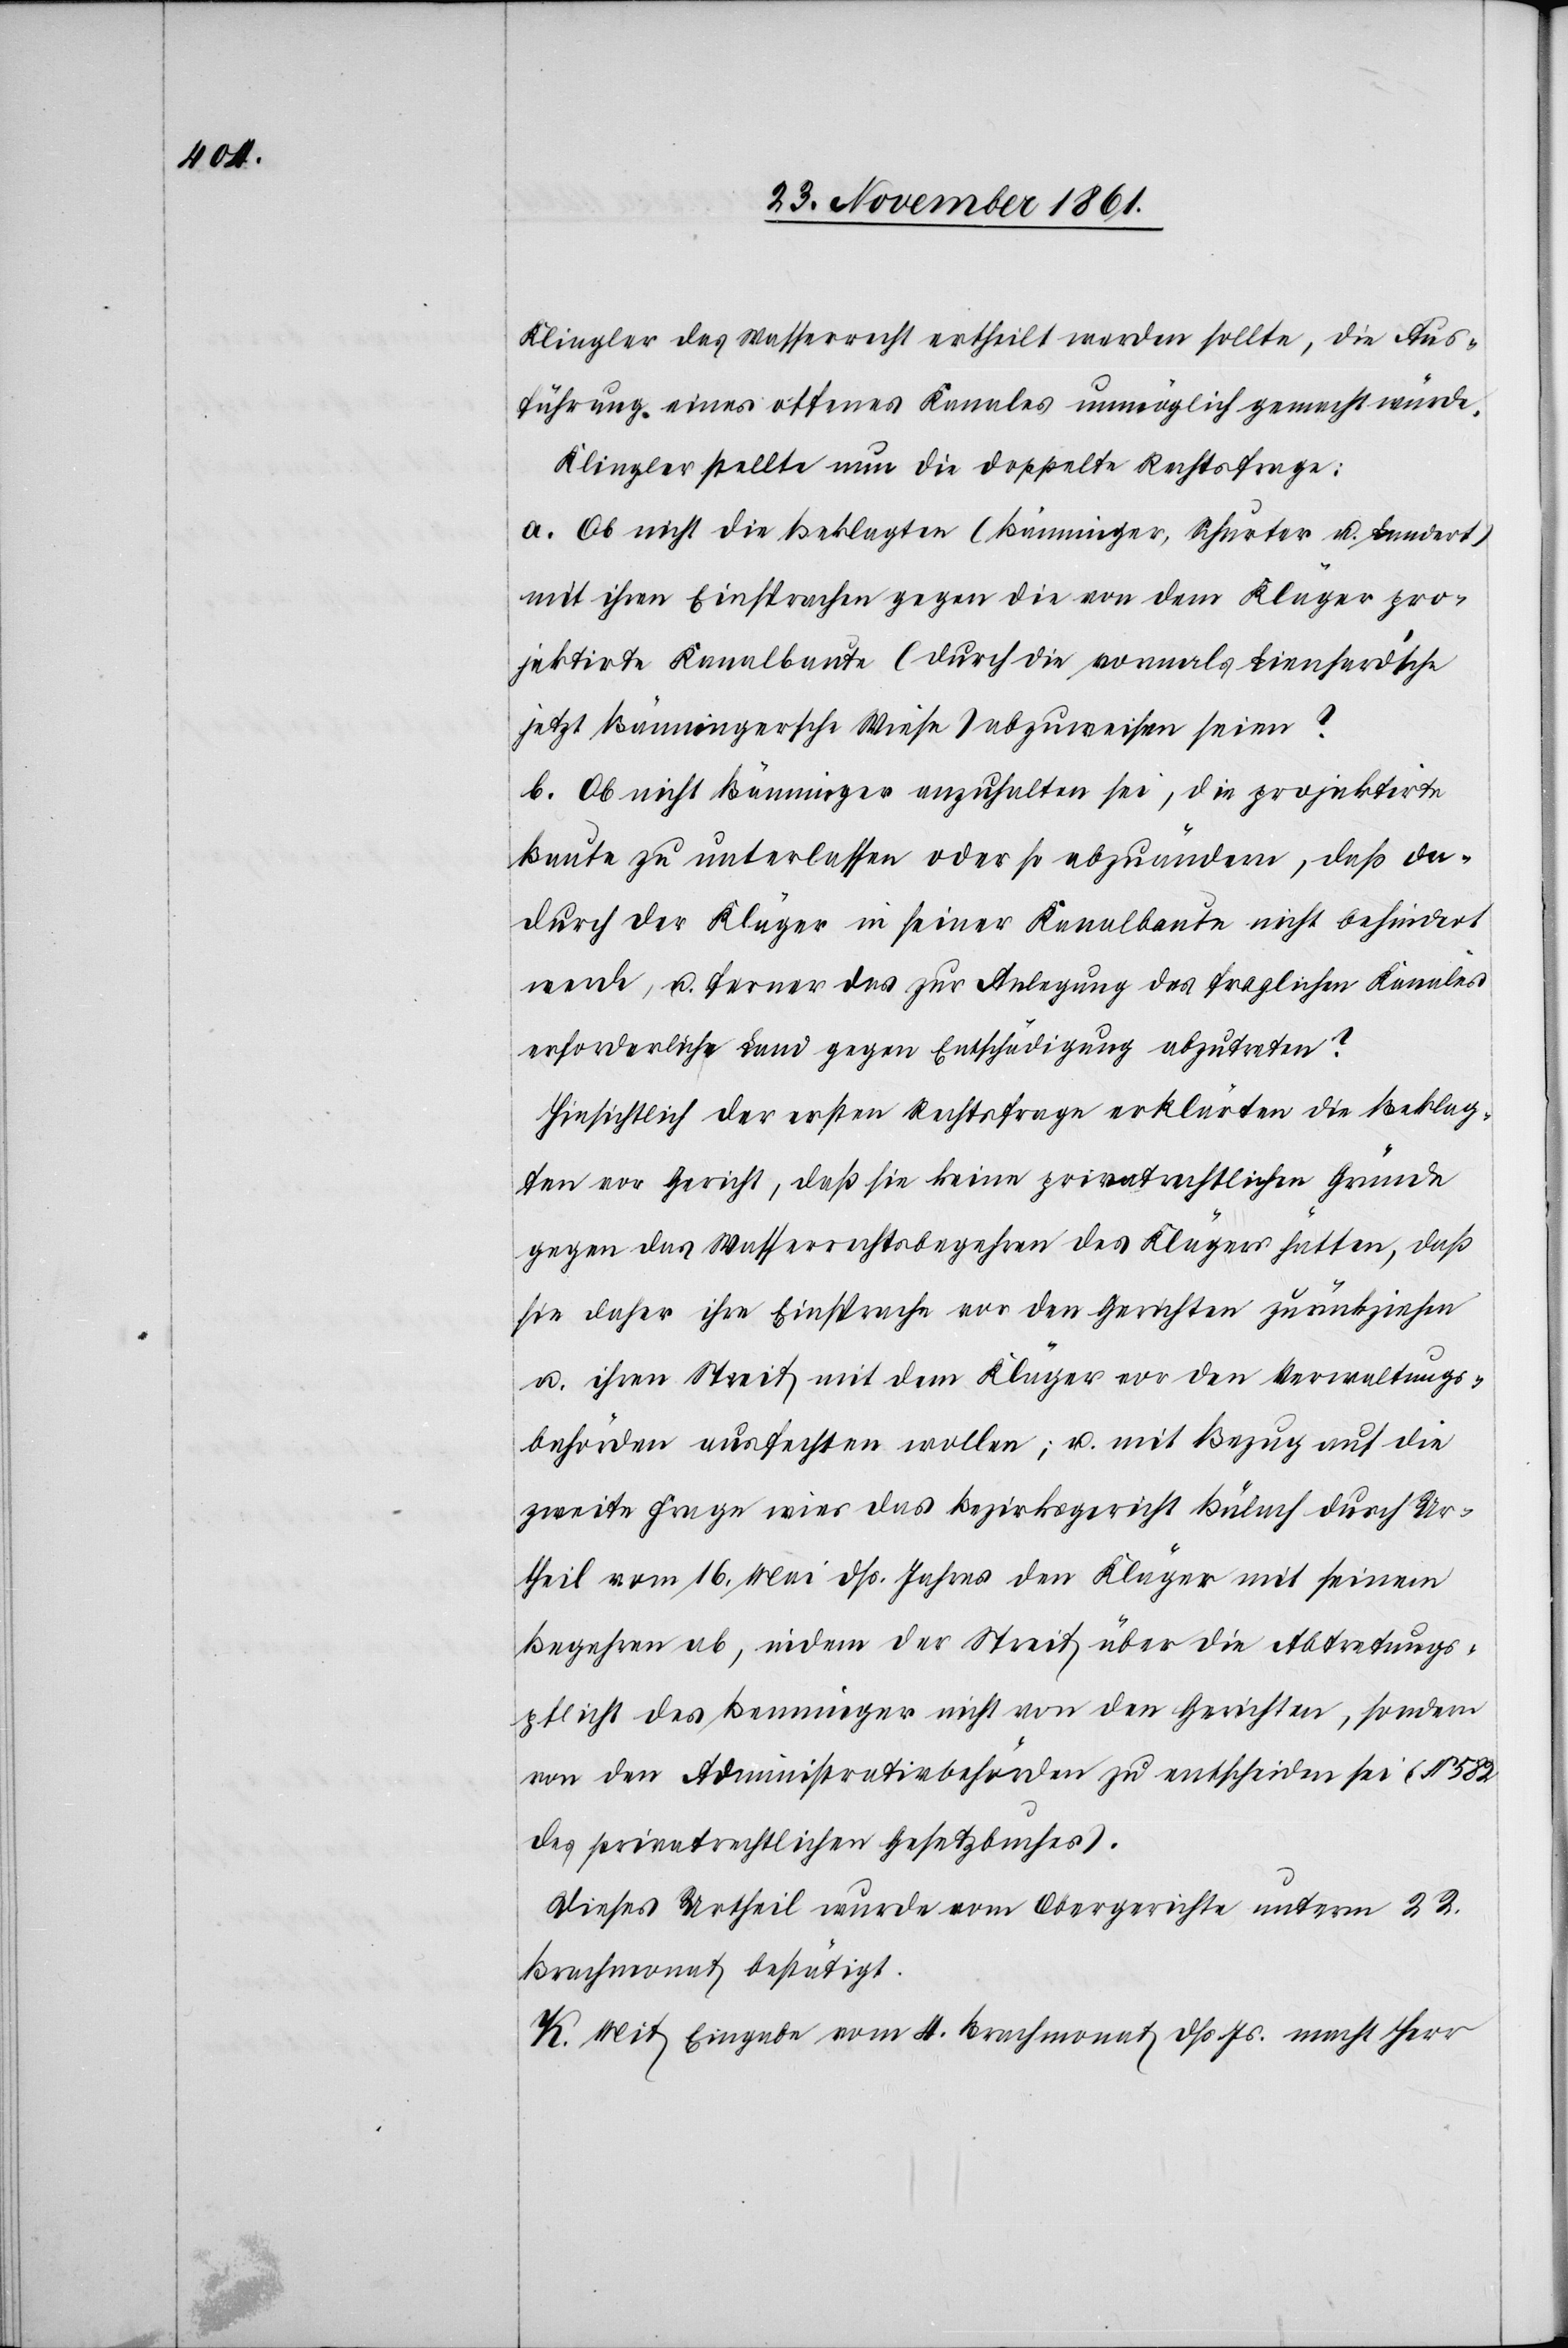
Klingler das Wasserrecht ertheilt werden sollte, die Aus¬
führung eines offenes [sic!] Kanales unmöglich gemacht würde.
Klingler stellte nun die doppelte Rechtsfrage:
a. Ob nicht die Beklagten (Bänninger, Schurter u. Landert)
mit ihren Einsprachen gegen die von dem Kläger pro¬
jektirte Kanalbaute (durch die vormals Lienhard’sche
jetzt Bänningersche Wiese) abzuweisen seien?
b. Ob nicht Bänninger anzuhalten sei, die projektirte
Baute zu unterlassen oder so abzuändern, daß da¬
durch der Kläger in seiner Kanalbaute nicht behindert
werde, u. ferner das zur Anlegung des fraglichen Kanales
erforderliche Land gegen Entschädigung abzutreten?
Hinsichtlich der ersten Rechtsfrage erklärten die Beklag¬
ten vor Gericht, daß sie keine privatrechtlichen Gründe
gegen das Wasserrechtsbegehren des Klägers hätten, daß
sie daher ihre Einsprache vor den Gerichten zurückziehen
u. ihren Streit mit dem Kläger vor den Verwaltungs¬
behörden ausfechten wollten; u. mit Bezug auf die
zweite Frage wies das Bezirksgericht Bülach durch Ur¬
theil vom 16 Mai dß. Jahres den Kläger mit seinem
Begehren ab, indem der Streit über die Abtretungs¬
pflicht des Bänninger nicht von den Gerichten, sondern
von den Administrativbehörden zu entscheiden sei (§
des privatrechtlichen Gesetzbuches).
Dieses Urtheil wurde vom Obergerichte unterm 22
Brachmonat bestätigt.
K. Mit Eingabe vom 4 Brachmonat dß. Js. macht Herr